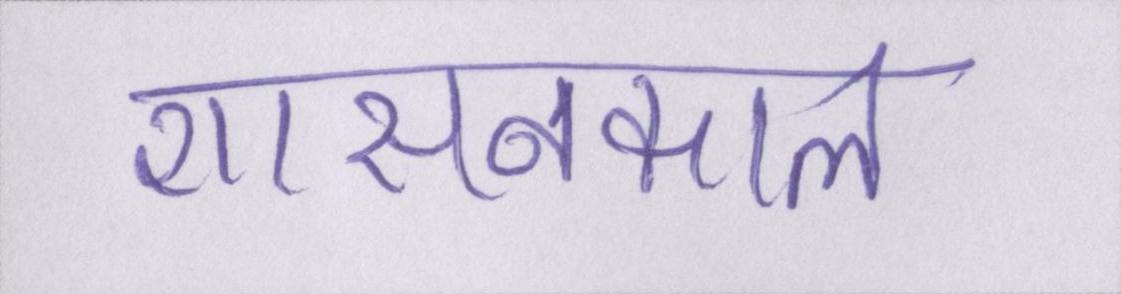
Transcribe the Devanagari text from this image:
शासनकाल